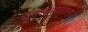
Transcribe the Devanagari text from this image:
सज्जनगडाला